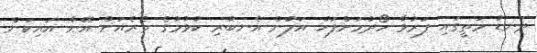
ދަނޑު މަތީގައި ފަރުވާ ހޯދުމަށްފަހު އަލުން އެނބުރި ކުޅުމުގެ ތެރެއަށް އޭނާ އައިކަން